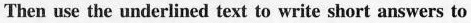
Then use the underlined text to write short answers to